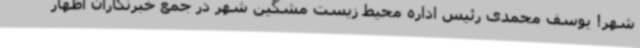
شهر! یوسف محمدی رئیس اداره محیط زیست مشگین شهر در جمع خبرنگاران اظهار